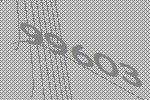
99603